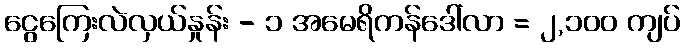
ငွေကြေးလဲလှယ်နှုန်း - ၁ အမေရိကန်ဒေါ်လာ = ၂,၁၀၀ ကျပ်